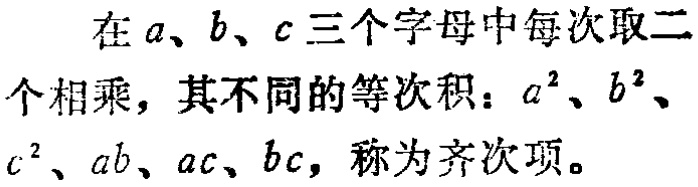
在\(a、b、c\)三个字母中每次取二个相乘，其不同的等次积：\(a^{2}、b^{2}、c^{2}、ab、ac、bc\)，称为齐次项。